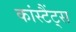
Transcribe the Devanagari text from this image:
कांस्टैंट्स